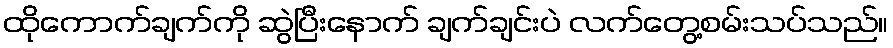
ထိုကောက်ချက်ကို ဆွဲပြီးနောက် ချက်ချင်းပဲ လက်တွေ့စမ်းသပ်သည်။